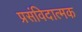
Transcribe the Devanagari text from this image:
प्रसंविदात्मक